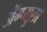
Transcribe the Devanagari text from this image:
ॲेम्प्युला